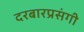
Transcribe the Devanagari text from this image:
दरबारप्रसंगी